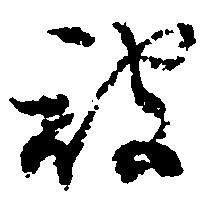
被